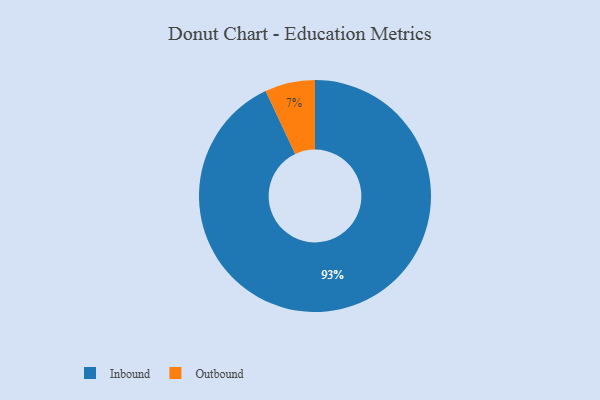
{"axis": {"x": "Category", "y": "Percentage"}, "legend": ["Inbound", "Outbound"], "data": [{"x": "Outbound", "y": 7, "type": "Outbound"}, {"x": "Inbound", "y": 93, "type": "Inbound"}]}